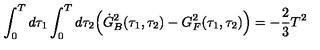
\int _ { 0 } ^ { T } d \tau _ { 1 } \int _ { 0 } ^ { T } d \tau _ { 2 } \Bigl ( { \dot { G } _ { B } } ^ { 2 } ( \tau _ { 1 } , \tau _ { 2 } ) - G _ { F } ^ { 2 } ( \tau _ { 1 } , \tau _ { 2 } ) \Bigr ) = - { \frac { 2 } { 3 } } T ^ { 2 } \quad